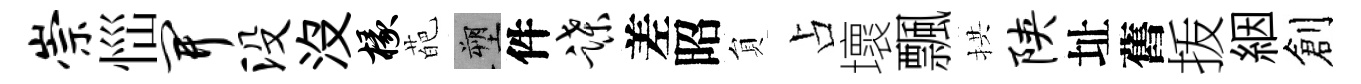
崇𢙉开没没椽葩塑件蹀差昭貟占壞飄拱陕址舊㧞絪創